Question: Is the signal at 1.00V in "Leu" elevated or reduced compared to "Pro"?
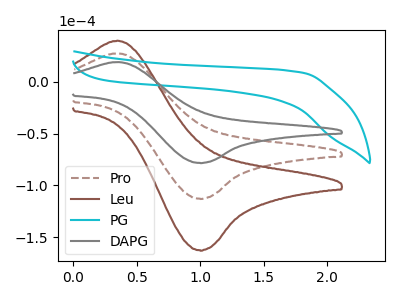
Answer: <think>The brown dashed curve "Pro" has an anodic peak at (0.35V, 27.60uA) and a cathodic peak at (1.00V, -112.95uA). The brown curve "Leu" has an anodic peak at (0.35V, 55.15uA) and a cathodic peak at (1.00V, -225.95uA). The cyan curve "PG" has no peaks. The gray curve "DAPG" has an anodic peak at (0.35V, 19.15uA) and a cathodic peak at (1.00V, -78.40uA).</think>
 <answer>The peak at 1.00V is higher in "Leu" than in "Pro".</answer>
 <eval>higher</eval>